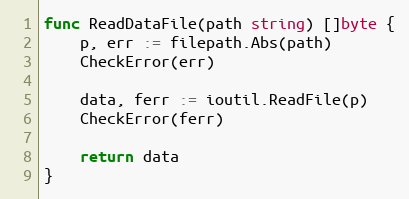
Language: Go
func ReadDataFile(path string) []byte {
	p, err := filepath.Abs(path)
	CheckError(err)

	data, ferr := ioutil.ReadFile(p)
	CheckError(ferr)

	return data
}